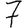
Digit: 7